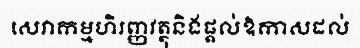
សេវាកម្មហិរញ្ញវត្ថុនិងផ្តល់ឱកាសដល់